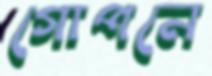
গোপনে